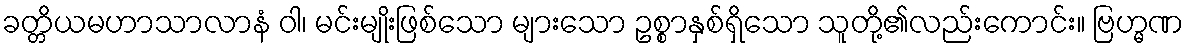
ခတ္တိယမဟာသာလာနံ ဝါ၊ မင်းမျိုးဖြစ်သော များသော ဥစ္စာနှစ်ရှိသော သူတို့၏လည်းကောင်း။ ဗြဟ္မဏ